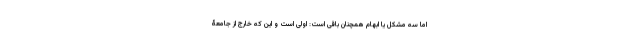
اما سه مشکل یا ابهام همچنان باقی است: اولی است و این که خارج از جامعۀ